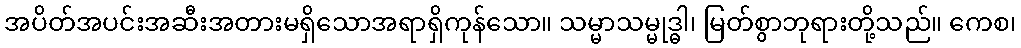
အပိတ်အပင်းအဆီးအတားမရှိသောအရာရှိကုန်သော။ သမ္မာသမ္မုဒ္ဓါ၊ မြတ်စွာဘုရားတို့သည်။ ကေစ၊